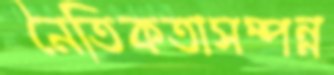
নৈতিকতাসম্পন্ন